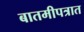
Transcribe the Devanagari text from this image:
बातमीपत्रात